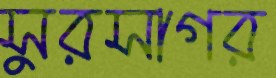
সুরসাগর